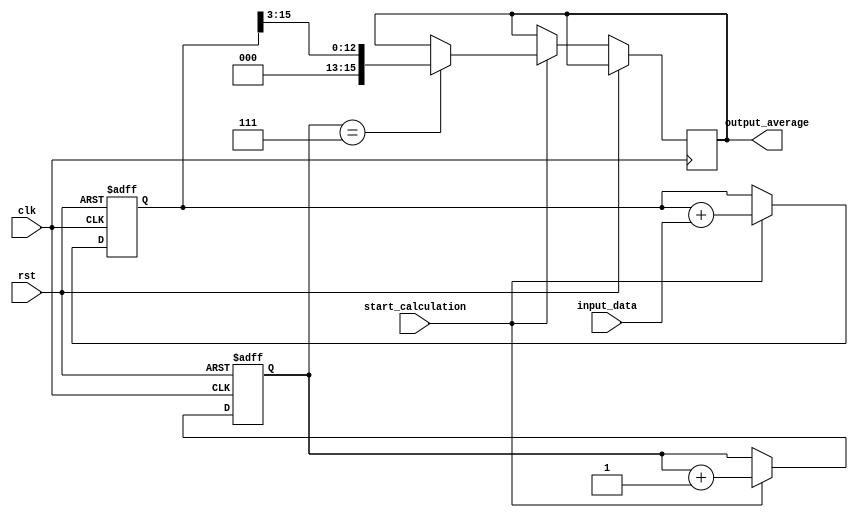
module moving_average_accumulator(
    input clk,
    input rst,
    input [7:0] input_data,
    input start_calculation,
    output reg [15:0] output_average
);

reg [15:0] accumulator;
reg [3:0] count;

always @(posedge clk or posedge rst) begin
    if (rst) begin
        accumulator <= 0;
        count <= 0;
    end else if (start_calculation) begin
        accumulator <= accumulator + input_data;
        count <= count + 1;
        if (count == 7) begin // Assuming 8 clock cycles for moving average
            output_average <= accumulator >> 3; // Dividing by 8
        end
    end
end

endmodule